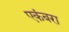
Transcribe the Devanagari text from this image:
एकंबरा